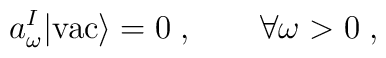
a_\omega^I |\mbox{vac} \rangle = 0 \; , \qquad \forall \omega>0 {\; ,}